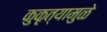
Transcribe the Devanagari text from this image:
कुकृत्यामुळे